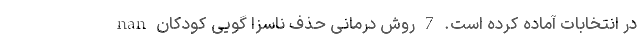
در انتخابات آماده کرده است. 7 روش درمانی حذف ناسزا گویی کودکان nan